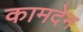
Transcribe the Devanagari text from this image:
कामदेन